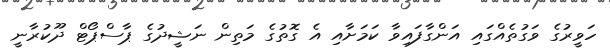
ހަވީރުގެ ވަގުތެއްގައި އަންގާފައިވާ ކަމަށާއި އެ ގޮތުގެ މަތިން ނަޝީދުގެ ޕާސްޕޯޓް ދޫކުރާނީ